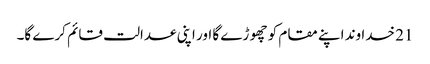
21 خدا وند اپنے مقام کو چھو ڑے گا اور اپنی عدالت قائم کرے گا۔